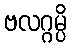
ဗလဂ္ဂမ္ပိ